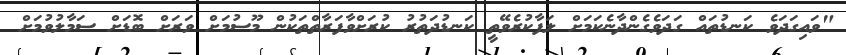
"ވައިގަދަވެ ކަނޑުތައް ގަދަވެގެންދާނެކަމަށް ލަފާކުރެވޭތީ ކަނޑުދަތުރު ކުރަށްވާފަރާތްތަކުން މޫސުމަށް ވަރަށް ބޮޑަށް ސަމާލުވުމަށް